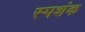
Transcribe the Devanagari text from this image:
स्पशंक